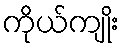
ကိုယ်ကျိုး